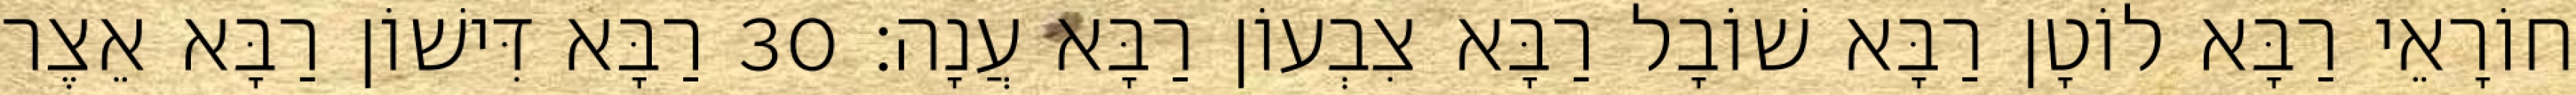
חוֹרָאֵי רַבָּא לוֹטָן רַבָּא שׁוֹבָל רַבָּא צִבְעוֹן רַבָּא עֲנָה׃ 30 רַבָּא דִּישׁוֹן רַבָּא אֵצֶר